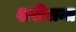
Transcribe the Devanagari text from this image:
शरीरान्त